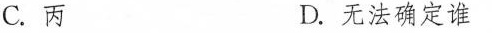
C.丙 D.无法确定谁